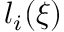
l _ { i } ( \boldsymbol { \xi } )